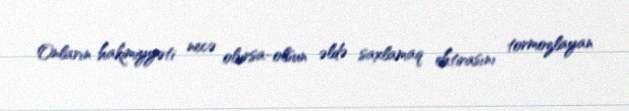
Onların hakimiyyəti necə olursa-olsun əldə saxlamaq ehtirasını tormozlayan